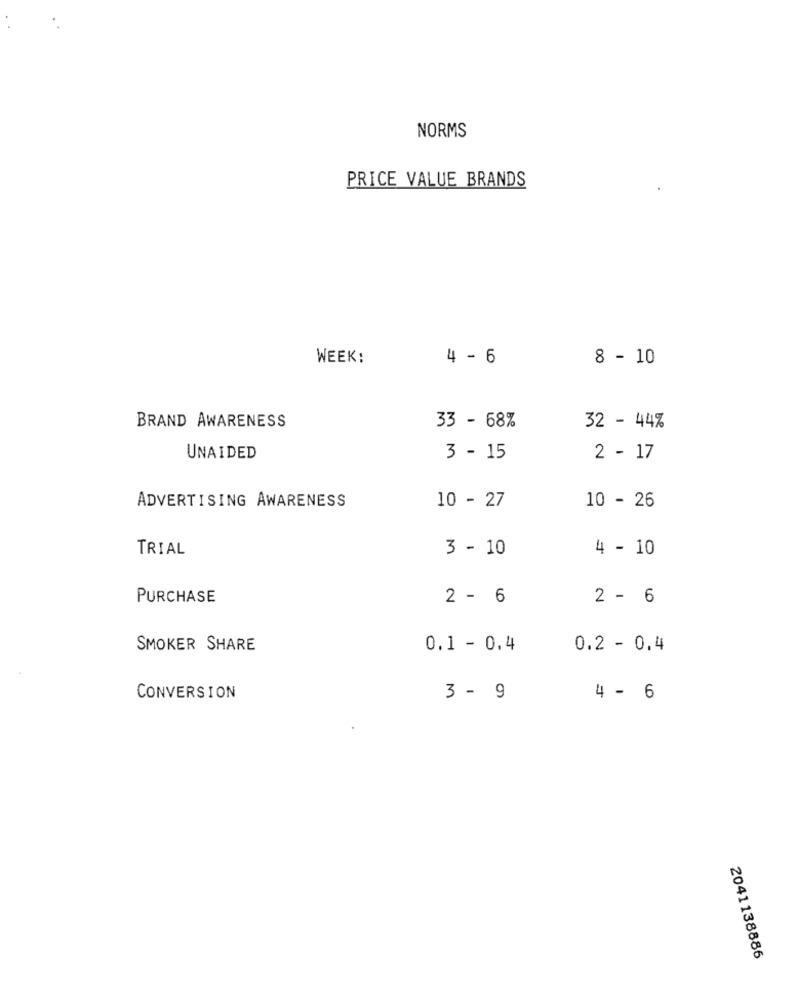
NORMS
PRICE VALUE BRANDS
WEEK:
4 - 6
8 - 10
BRAND AWARENESS
33 - 68%
32 - 44%
UNAIDED
3 - 15
2 - 17
ADVERTISING AWARENESS
10 - 27
10 - 26
TRIAL
3 - 10
4 - 10
PURCHASE
2 - 6
2 - 6
SMOKER SHARE
0.1 - 0.4
0.2 - 0.4
CONVERSION
3 - 9
4 - 6
2041138886